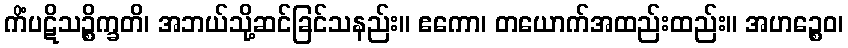
ကိံပဋိသဉ္စိက္ခတိ၊ အဘယ်သို့ဆင်ခြင်သနည်း။ ဧကော၊ တယောက်အထည်းထည်း။ အဟဉ္စေဝ၊